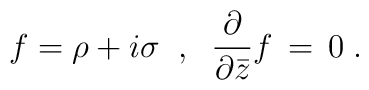
f = \rho + i \sigma \; \; , \; \; \frac{\partial}{\partial{\bar z}} f \,=\,0 \;.